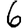
Digit: 6